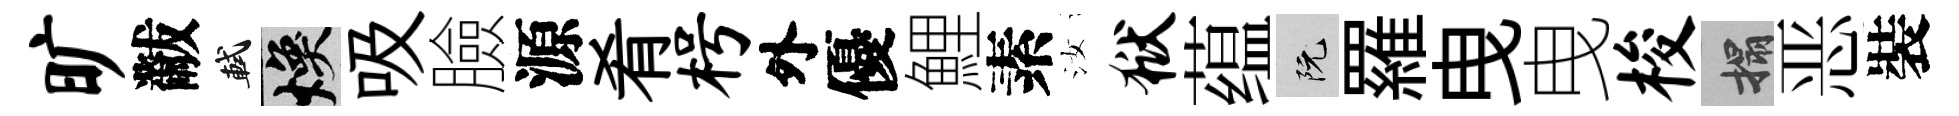
旷黻軾焕吸臉源肴枵外優鯉素汝狱蕴阮羅曳曳梭搨恶裝